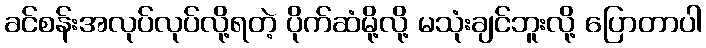
ခင်စန်းအလုပ်လုပ်လို့ရတဲ့ ပိုက်ဆံမို့လို့ မသုံးချင်ဘူးလို့ ပြောတာပါ